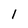
Character: 1